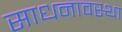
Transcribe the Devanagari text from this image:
साधनावस्था